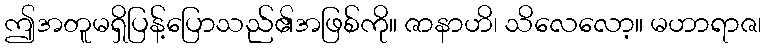
ဤအတူမရှိပြန့်ပြောသည်၏အဖြစ်ကို။ ဇာနာဟိ၊ သိလေလော့။ မဟာရာဇ၊